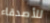
للأصدقاء